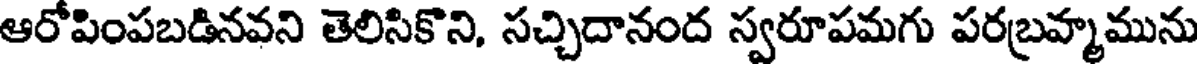
ఆరోపింపబడినవని తెలిసికొని, సచ్చిదానంద స్వరూపమగు పరబ్రహ్మమును